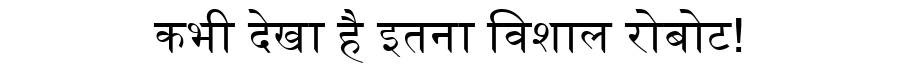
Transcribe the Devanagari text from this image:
कभी देखा है इतना विशाल रोबोट!